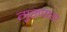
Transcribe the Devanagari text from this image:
गुरुपाया